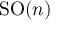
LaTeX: \operatorname { S O } ( n )